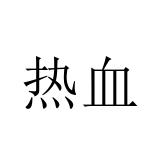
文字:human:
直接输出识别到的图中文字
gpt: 热血